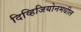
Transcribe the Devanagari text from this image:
दिव्हिजियोनमधील